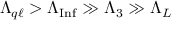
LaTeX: \Lambda _ { q \ell } > \Lambda _ { \mathrm { I n f } } \gg \Lambda _ { 3 } \gg \Lambda _ { L }